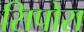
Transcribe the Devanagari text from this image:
सिपोरा